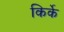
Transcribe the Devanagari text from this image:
किर्के